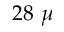
2 8 ~ \mu